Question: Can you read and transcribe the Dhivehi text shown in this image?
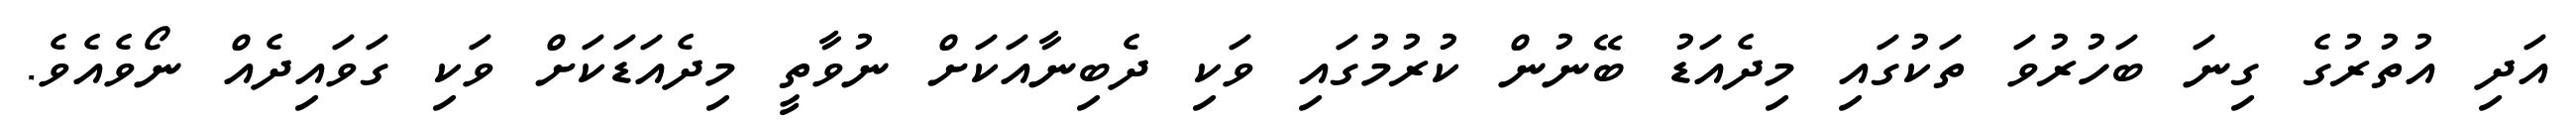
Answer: އަދި އުތުރުގެ ގިނަ ބަހުރުވަ ތަކުގައި މިދެއަޑު ބޭނުން ކުރުމުގައި ވަކި ދެބިނާއަކަށް ނުވާތީ މިދެއަޑަކަށް ވަކި ގަވައިދެއް ނޯވެއެވެ.